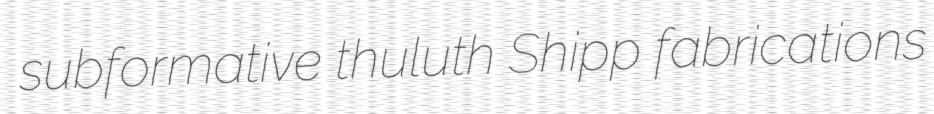
subformative thuluth Shipp fabrications